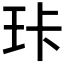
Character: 𰡶